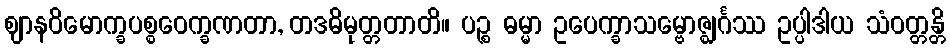
ဈာနဝိမောက္ခပစ္စဝေက္ခဏတာ, တဒဓိမုတ္တတာတိ။ ပဉ္စ ဓမ္မာ ဥပေက္ခာသမ္ဗောဇ္ဈင်္ဂဿ ဥပ္ပါဒါယ သံဝတ္တန္တိ